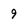
Character: 9